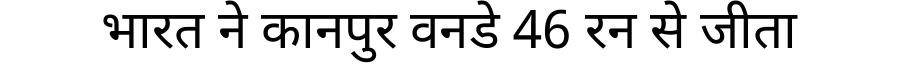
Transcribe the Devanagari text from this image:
भारत ने कानपुर वनडे 46 रन से जीता